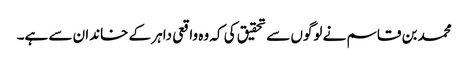
محمد بن قاسم نے لوگوں سے تحقیق کی کہ وہ واقعی داہر کے خاندان سے ہے۔